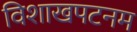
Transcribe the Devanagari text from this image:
विशाखपटनम